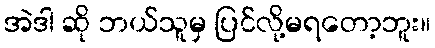
အဲဒါ ဆို ဘယ်သူမှ ပြင်လို့မရတော့ဘူး။